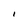
Character: 1